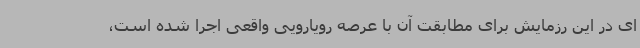
ای در این رزمایش برای مطابقت آن با عرصه رویارویی واقعی اجرا شده است،